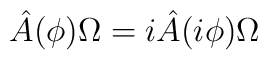
\hat A(\phi)\Omega=i\hat A(i\phi)\Omega